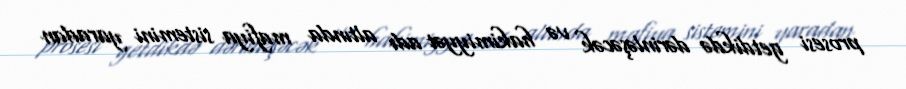
prosesi getdikdə dərinləşəcək və hakimiyyət adı altında mafiya sistemini yaradan